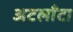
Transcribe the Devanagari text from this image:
अटलाँटा